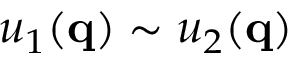
u _ { 1 } ( \mathbf { q } ) \sim u _ { 2 } ( \mathbf { q } )